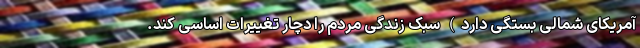
آمریکای شمالی بستگی دارد) سبک زندگی مردم را دچار تغییرات اساسی کند.